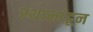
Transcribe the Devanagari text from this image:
स्थानांहून